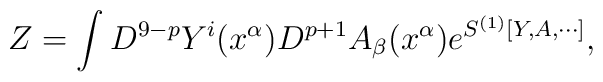
Z =\int D^{9-p} Y^i(x^\alpha) D^{p+1} A_\beta(x^\alpha) e^{S^{(1)}[Y,A,\cdots]},